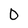
Character: 0